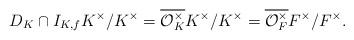
LaTeX: \begin{align*} D_K \cap {I_{K,f}K^\times/K^\times} = \overline{\mathcal{O}_K^\times} K^\times / K^\times = \overline{\mathcal{O}_F^\times} F^\times / F^\times.\end{align*}